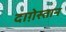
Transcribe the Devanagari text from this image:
दाग़ेस्तान